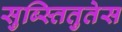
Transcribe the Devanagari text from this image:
सुब्स्तितुतेस